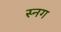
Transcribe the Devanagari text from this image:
स्नग